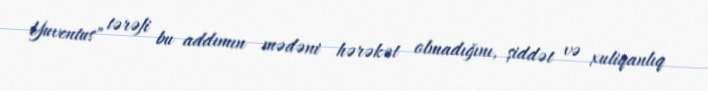
Yuventus" tərəfi bu addımın mədəni hərəkət olmadığını, şiddət və xuliqanlıq